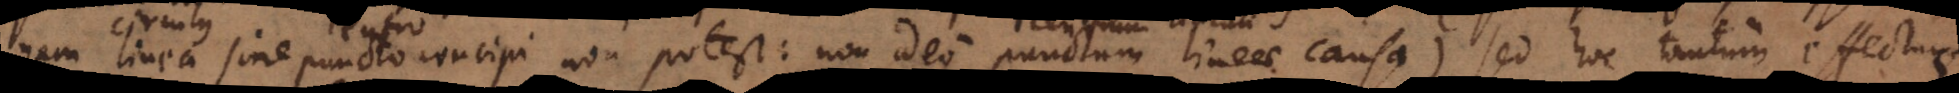
nam linea sine puncto concipi non potest: non ideo punctum lineae causa), sed hoc tantum effectuum